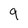
Character: 9